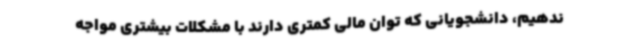
ندهیم، دانشجویانی که توان مالی کمتری دارند با مشکلات بیشتری مواجه